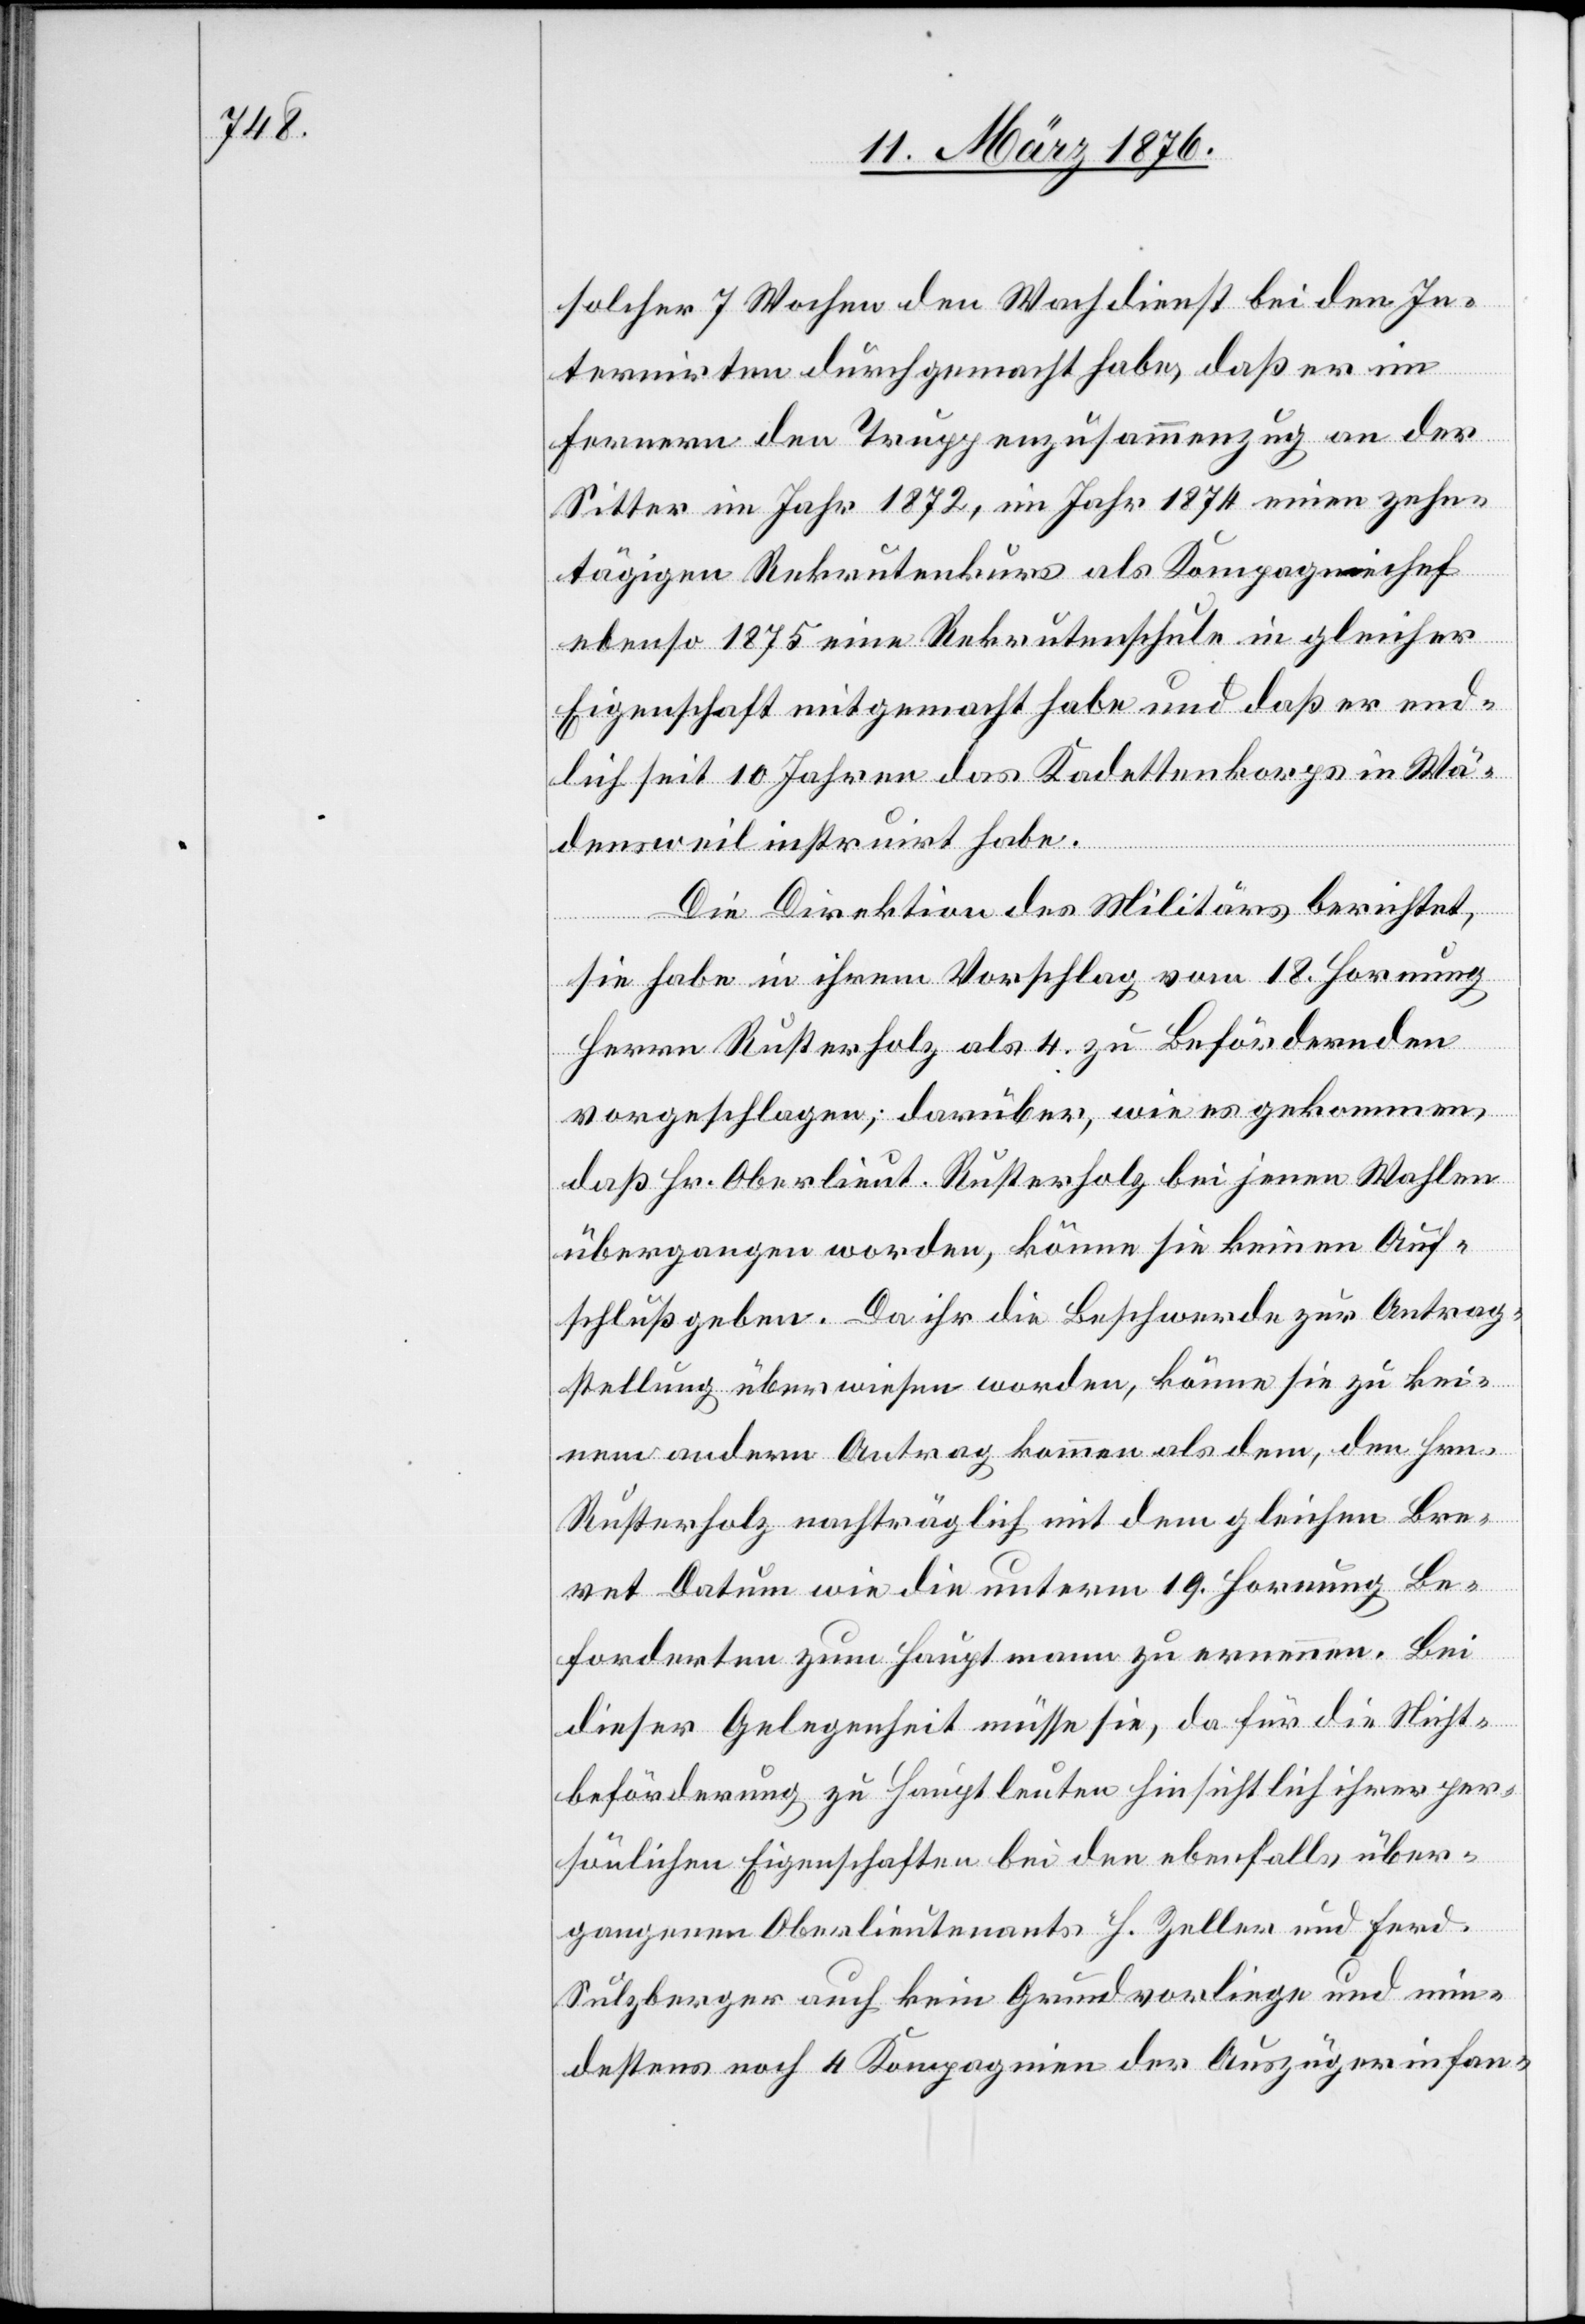
solcher 7 Wochen den Wachdienst bei den In¬
ternirten durchgemacht habe, daß er im
Ferneren den Truppenzusammenzug an der
Sitter im Jahr 1872, im Jahr 1874 einen zehn¬
tägigen Rekrutenkurs als Kompagniechef
ebenso 1875 eine Rekrutenschule in gleicher
Eigenschaft mitgemacht habe und daß er end¬
lich seit 10 Jahren das Kadettenkorps in Wä¬
densweil instruirt habe.
Die Direktion des Militärs berichtet,
sie habe in ihrem Vorschlag vom 18. Hornung
Herrn Rusterholz als 4. zu Befördernden
vorgeschlagen; darüber, wie es gekommen,
daß Hr. Oberlieut. Rusterholz bei jenen Wahlen
übergangen worden, könne sie keinen Auf¬
schluß geben. Da ihr die Beschwerde zur Antrag¬
stellung überwiesen worden, könne sie zu kei¬
nem andern Antrag kommen als dem, dem Hrn.
Rusterholz nachträglich mit dem gleichen Bre¬
vet Datum wie die unterm 19. Hornung Be¬
forderten [sic!] zum Hauptmann zu ernennen. Bei
dieser Gelegenheit müsse sie, da für die Nicht¬
beförderung zu Hauptleuten hinsichtlich ihrer per¬
sönlichen Eigenschaften bei den ebenfalls über¬
gangenen Oberlieutenants H. Zeller und Frd.
Sulzberger auch kein Grund vorliege und min¬
destens noch 4 Kompagnien der Auszügerinfan-